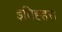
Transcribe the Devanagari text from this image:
इतिह्हस